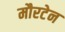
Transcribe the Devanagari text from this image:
मौरटेन